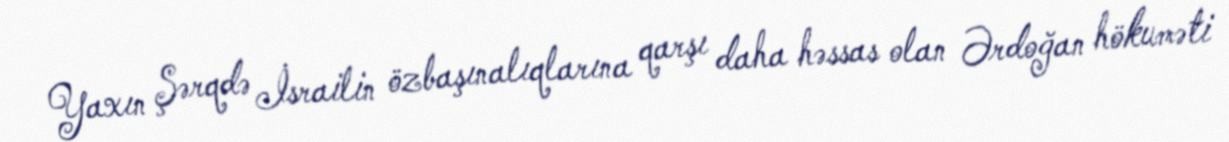
Yaxın Şərqdə İsrailin özbaşınalıqlarına qarşı daha həssas olan Ərdoğan hökuməti